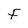
Character: F